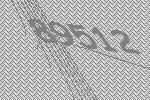
89512